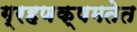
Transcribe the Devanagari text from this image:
ग्रहणक्षमतेत